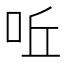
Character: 𠰋